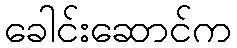
ခေါင်းဆောင်က